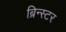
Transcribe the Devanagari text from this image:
ब्रिन्स्टर